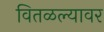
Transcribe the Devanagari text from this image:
वितळल्यावर